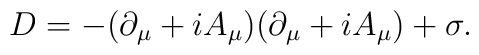
D=-(\partial_\mu+iA_\mu)(\partial_\mu + iA_\mu)+\sigma.